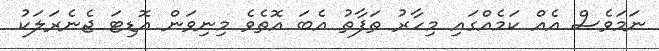
ނަމަވެސް އެއް ކަމެއްގައި މިހާރު ތަފާތު އެބަ އޮތެވެ މިނިވަން އޮޑިޓަ ޖެނެރަލަކު